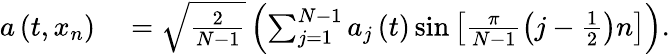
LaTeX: \begin{array}{rl}{a\left(t,x_{n}\right)}&{{}=\sqrt{\frac{2}{N-1}}\left(\sum_{j=1}^{N-1}a_{j}\left(t\right)\sin\left[\frac{\pi}{N-1}\left(j-\frac{1}{2}\right)n\right]\right).}\end{array}